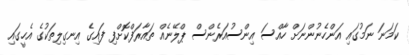
ކަމަނަ ނަމުގައި އަންހެނުންނަށް ހާއްސަ އިންސުއަރެންސް ޕްލޭނެއް ތައާރަފްކޮށްފި ފައިގެ އިނގިލިތަކުގެ އެހީގައި